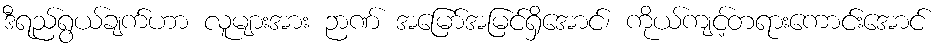
ဒီရည်ရွယ်ချက်ဟာ လူများအား ဉာဏ် အမြော်အမြင်ရှိအောင်၊ ကိုယ်ကျင့်တရားကောင်းအောင်